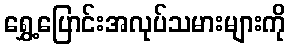
ရွှေ့ပြောင်းအလုပ်သမားများကို